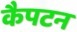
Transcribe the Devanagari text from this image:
कैपटन